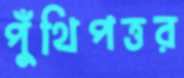
পুঁথিপত্তর